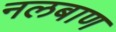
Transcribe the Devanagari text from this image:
नलबाण